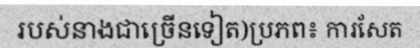
របស់នាងជាច្រើនទៀត)ប្រភព៖ ការសែត